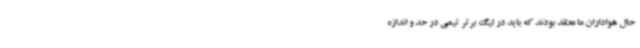
حال هواداران ما معتقد بودند که باید در لیگ برتر تیمی در حد و اندازه